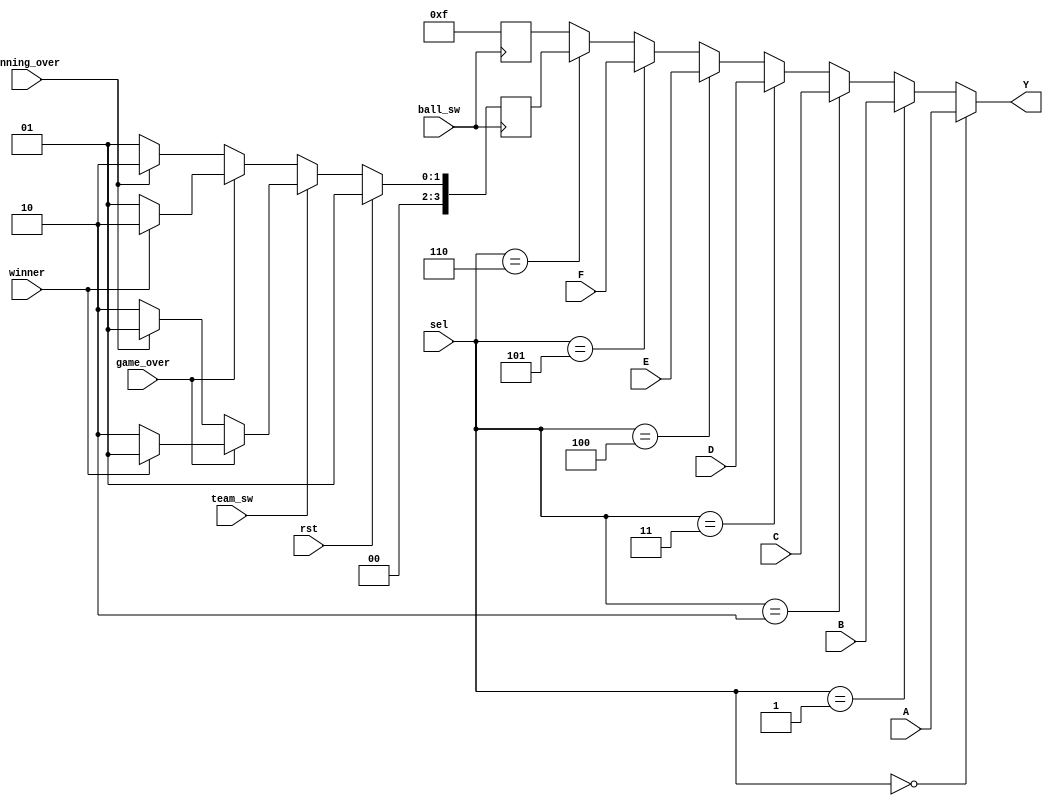
//Module to select a bcd digit to display on the anode that is turned on 
`timescale 1ns / 1ps

module mux8to1(
     input rst,ball_sw,team_sw,inning_over,game_over,winner,
	 input [2:0] sel,         //Output from 3-bit counter is given as a selector
	 input [3:0] A,B,C,D,E,F, //Bcd digits of runs, wickets and ball count
	 output [3:0] Y
    );
    
//Register H will always code for 't', denoting team
//Register G will show either 1 or 2 to denote which team is batting
reg [3:0] G,H; 
    
always @(posedge ball_sw) begin
    //If inning is not over, always display 't1'
    if (~inning_over) begin
        G <= 4'd1;
        H <= 4'd15;//t1
    end
    else begin
        G <= 4'd2;
        H <= 4'd15;//t2
    end
    
    //If game is over, always display team number of winner
    if(game_over) begin
        if (~winner) begin
            G <= 4'd1;
            H <= 4'd15;//t1
        end
        else begin
            G <= 4'd2;
            H <= 4'd15;//t2
        end
    end
    
    //Switching teams back and forth by pressing btnD and btnU
    if(team_sw) begin
        if (~game_over) begin
            if (inning_over)begin
                G <= 4'd1;
                H <= 4'd15;//t1
            end
            else begin
                G <= 4'd2;
                H <= 4'd15;//t2
            end
        end
        if(game_over) begin
            if (winner)begin
                G <= 4'd1;
                H <= 4'd15;//t1
            end
            else begin
                G <= 4'd2;
                H <= 4'd15;//t2
            end
        end
    end
    
    //Re-inititiallize to Team 1, if reset is pressed
    if(rst) begin
        G <= 4'd1;
        H <= 4'd15;//t1
    end
end
    
//Selector switches decide what data at the input datalines go through to the output Y
assign Y = (sel==0)?A : (sel==1)?B : (sel==2)?C : (sel==3)?D : (sel==4)?E : (sel==5)?F : (sel==6)?G : H; 
endmodule